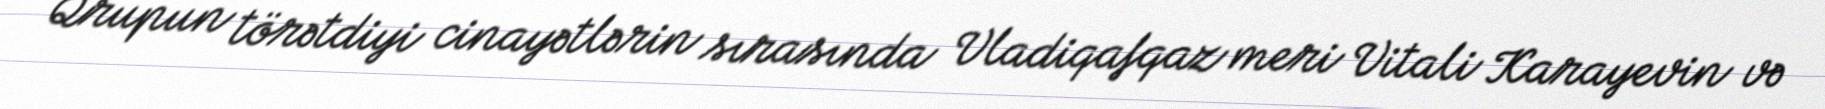
Qrupun törətdiyi cinayətlərin sırasında Vladiqafqaz meri Vitali Karayevin və